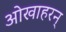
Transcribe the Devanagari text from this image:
ओखाहरन्